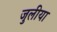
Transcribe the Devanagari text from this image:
जुलीया